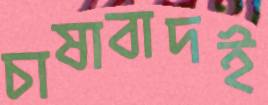
চাষাবাদই